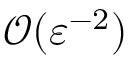
\mathcal { O } ( \varepsilon ^ { - 2 } )